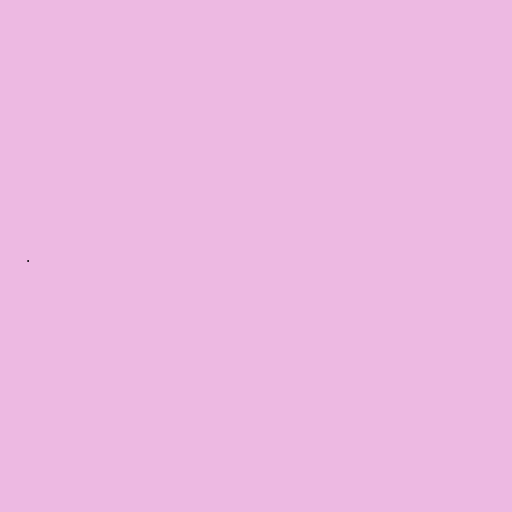
.